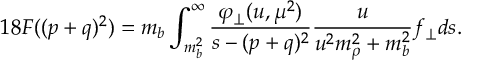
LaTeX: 1 8 F ( ( p + q ) ^ { 2 } ) = m _ { b } \int _ { m _ { b } ^ { 2 } } ^ { \infty } \frac { \varphi _ { \perp } ( u , \mu ^ { 2 } ) } { s - ( p + q ) ^ { 2 } } \frac { u } { u ^ { 2 } m _ { \rho } ^ { 2 } + m _ { b } ^ { 2 } } f _ { \perp } d s .